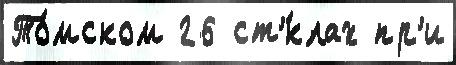
То́мском 26 ст'́клах пр'и